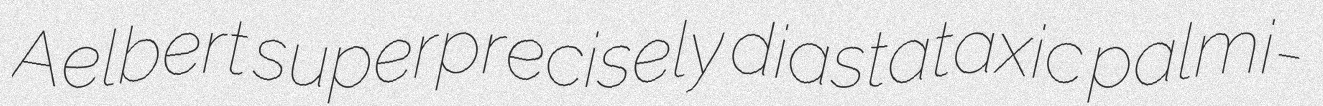
Aelbert superprecisely diastataxic palmi-